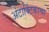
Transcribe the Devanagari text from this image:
अंटार्क्टिकाचा